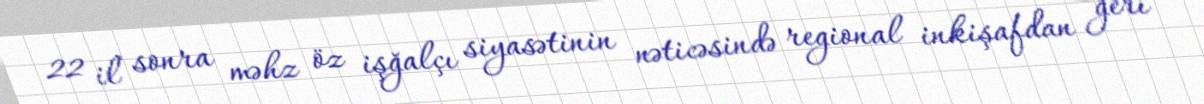
22 il sonra məhz öz işğalçı siyasətinin nəticəsində regional inkişafdan geri